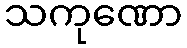
သကုဏော